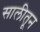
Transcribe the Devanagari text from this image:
सालीतून